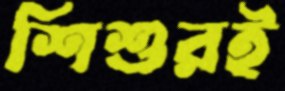
শিশুরই